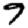
Digit: 9